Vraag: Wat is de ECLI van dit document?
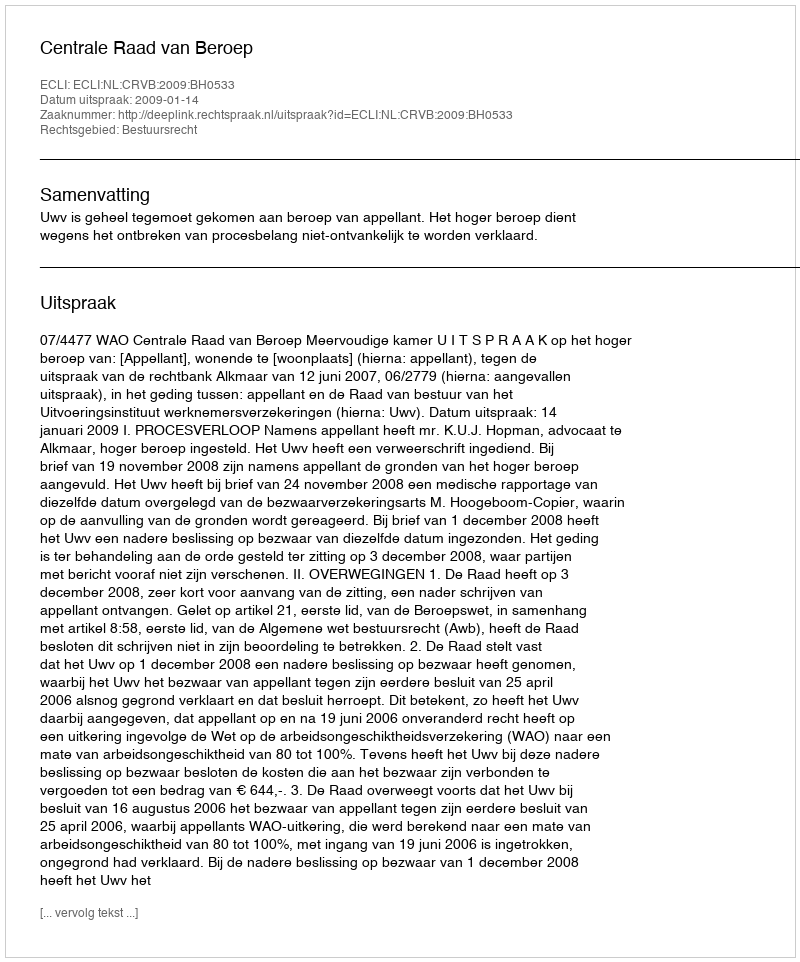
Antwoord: ECLI:NL:CRVB:2009:BH0533